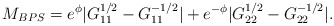
\begin{align*}M_{BPS}= e^\phi|G_{11}^{1/2}-G_{11}^{-1/2}| + e^{-\phi}|G_{22}^{1/2}-G_{22}^{-1/2}|.\end{align*}